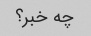
چه خبر؟